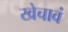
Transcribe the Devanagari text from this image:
खेचावं